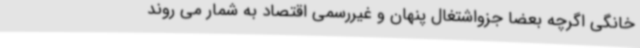
خانگی اگرچه بعضا جزواشتغال پنهان و غیررسمی اقتصاد به شمار می روند